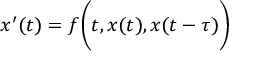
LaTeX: x ^ { \prime } ( t ) = f { \biggl ( } t , x ( t ) , x ( t - \tau ) { \biggr ) }